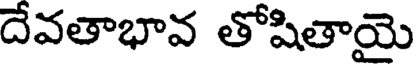
దేవతాభావ తోషితాయై